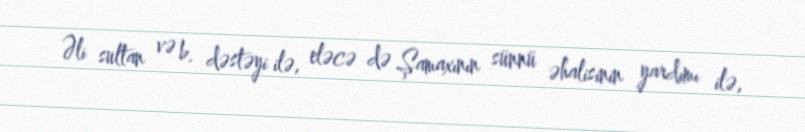
Əli sultan və b. dəstəyi ilə, eləcə də Şamaxının sünnü əhalisinin yardımı ilə,